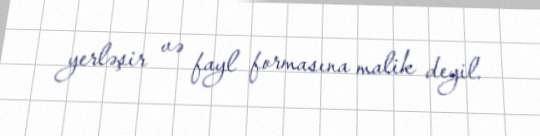
yerləşir və fayl formasına malik deyil.